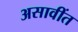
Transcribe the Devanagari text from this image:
असावींत